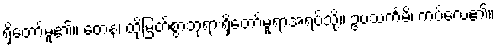
ရှိတော်မူ၏။ တေန၊ ထိုမြတ်စွာဘုရားရှိတော်မူရာအရပ်သို့။ ဥပသင်္ကမိ၊ ကပ်လေ၏။